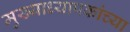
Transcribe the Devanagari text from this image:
मुख्याध्यापकांच्या